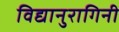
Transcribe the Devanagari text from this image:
विद्यानुरागिनी